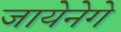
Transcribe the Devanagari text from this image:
जायेनेगे